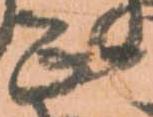
正